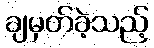
ချမှတ်ခဲ့သည့်